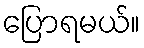
ပြောရမယ်။